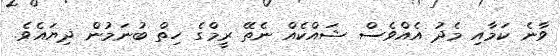
ވާނެ ކަމާއި މެދު އެއްވެސް ޝައްކެއް ނެތޭ ރީމްގެ ހިތް ބުނަމުން ދިޔައެވެ.